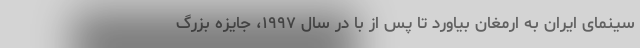
سینمای ایران به ارمغان بیاورد تا پس از با در سال ۱۹۹۷، جایزه بزرگ